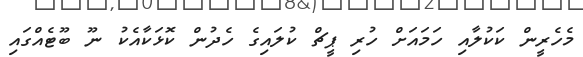
މެހެރީން ކަކުލާއި ހަމައަށް ހުރި ޕީޗް ކުލައިގެ ހެދުން ކޮޅަކާއެކު ނޫ ބޫޓެއްގައި